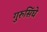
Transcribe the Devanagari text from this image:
गुरुसिंघे